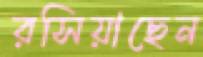
রসিয়াছেন